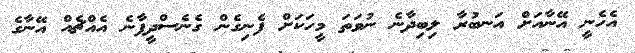
އެހެނީ އޭނާއަށް އަނބުރާ ލިބިދާނެ ނުވަތަ މީހަކަށް ފެނިގެން ގެނެސްދީފާނެ އެއްޗެއް އޭނާގެ